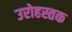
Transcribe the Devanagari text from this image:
उरोहस्तक